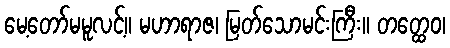
မေ့တော်မမူလင့်။ မဟာရာဇ၊ မြတ်သောမင်းကြီး။ တတ္ထေဝ၊